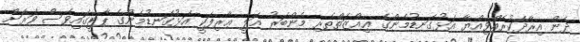
ދެން އިރާދަކުރެއްވިއްޔާ އަޅުގަނޑުމެންގެ ޢިއްޒަތްތެރި މެންބަރު ޢަލީ ޢާރިފަކީ އަޅުގަނޑުމެންގެ ޕާޓީގައިވެސް ވަރަށް